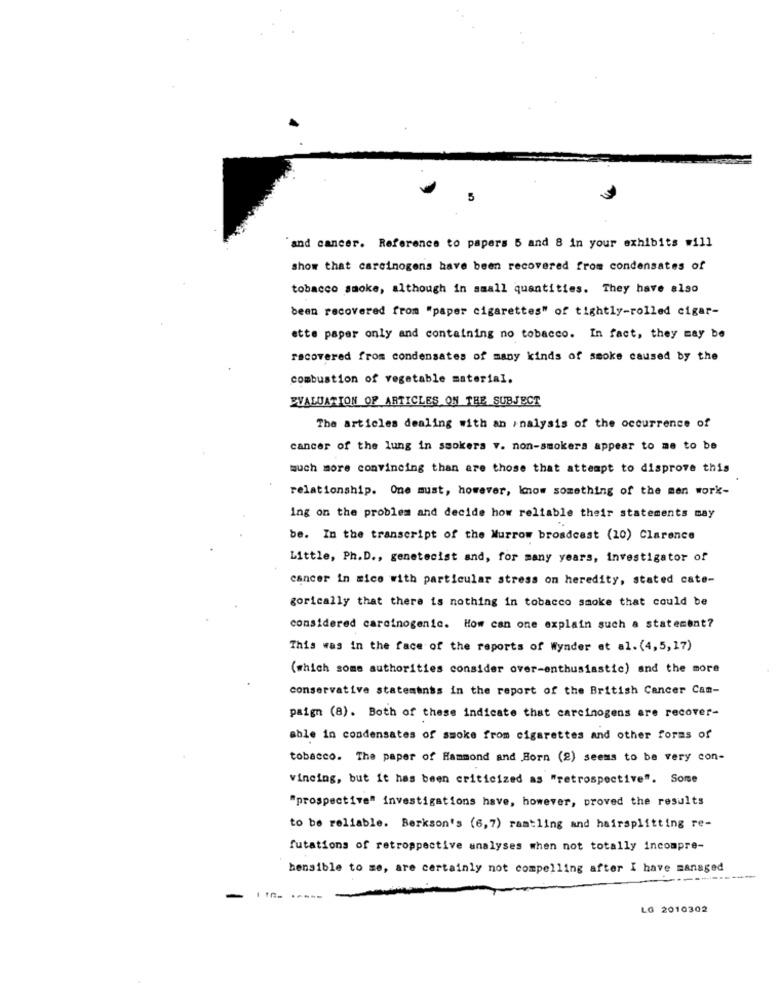
5
and cancer. Reference to papers 5 and 8 in your exhibits will
show that carcinogens have been recovered from condensates of
tobacco smoke, although in small quantities. They have also
been recovered from "paper cigarettes" of tightly-rolled cigar-
ette paper only and containing no tobacco. In fact, they may be
recovered from condensates of many kinds of smoke caused by the
combustion of vegetable material.
EVALUATION OF ARTICLES ON THE SUBJECT
The articles dealing with an analysis of the occurrence of
cancer of the lung in smokers v. non-smokers appear to me to be
much more convincing than are those that attempt to disprove this
relationship. One must, however, Imnow something of the men work-
Ing on the problem and decide how reliable their statements may
be. In the transcript of the Murrow broadcast (10) Clarence
Little, Ph.D ., genetecist and, for many years, investigator of
cancer in sico with particular stress on heredity, stated cate-
gorically that there is nothing in tobacco smoke that could be
considered carcinogenic. How can one explain such a statement?
This was in the face of the reports of Wynder et al. (4,5,17)
(which some authorities consider over-enthusiastic) and the more
conservative statements in the report of the British Cancer Can-
paign (8). Both of these indicate that carcinogens are recover-
able in condensates of smoke from cigarettes and other forms of
tobacco. The paper of Hammond and Born (2) seems to be very con-
vincing, but it has been criticized as "retrospective". Some
"prospective" investigations have, however, proved the results
to be reliable. Barkson's (6,7) rambling and hairsplitting re-
futations of retrospective analyses when not totally incompre-
hensible to me, are certainly not compelling after I have managed
-
LG 2010302